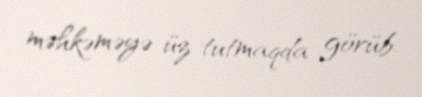
məhkəməyə üz tutmaqda görüb.